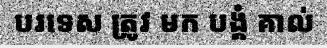
បរទេស ត្រូវ មក បង្គំ គាល់